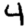
Digit: 4